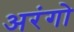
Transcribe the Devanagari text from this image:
अरंगो